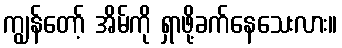
ကျွန်တော့် အိမ်ကို ရှာဖို့ခက်နေသေးလား။